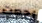
رجعت